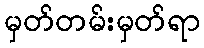
မှတ်တမ်းမှတ်ရာ